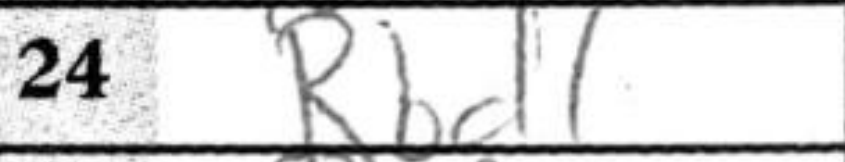
Transcription: Rbd1